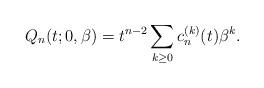
LaTeX: \begin{gather*}Q_n(t; 0,\beta)= t^{n-2}\sum_{k \ge 0} c_{n}^{(k)}(t) \beta^{k}.\end{gather*}